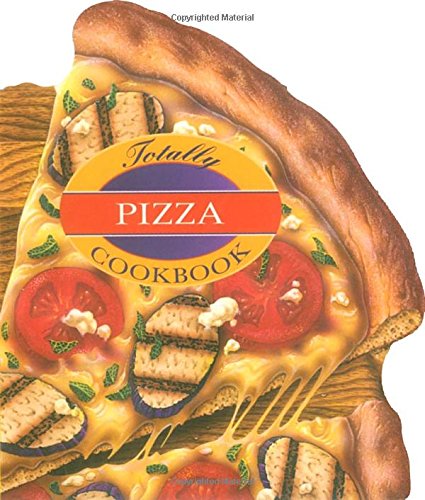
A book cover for Totally Pizza Cookbook (Totally Cookbooks); Helene Siegel; Cookbooks, Food & Wine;